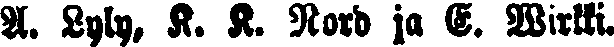
A. Lyly, K. K. Nord ja E. Wirkki.